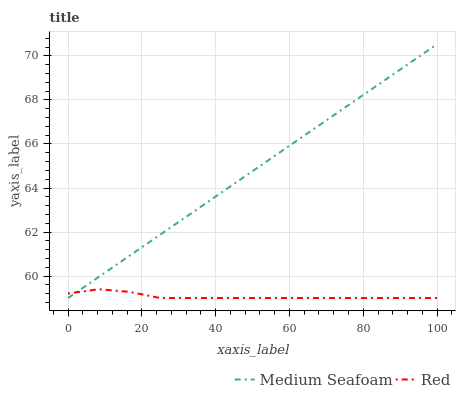
| xaxis_label | Medium Seafoam | Red |
 | --- | --- | --- |
 | 0 | 59 | 59.2 |
 | 8.33 | 60 | 59.4 |
 | 16.7 | 60.9 | 59.3 |
 | 25 | 61.9 | 59 |
 | 33.3 | 62.8 | 59 |
 | 41.7 | 63.8 | 59 |
 | 50 | 64.8 | 59 |
 | 58.3 | 65.7 | 59 |
 | 66.7 | 66.7 | 59 |
 | 75 | 67.6 | 59 |
 | 83.3 | 68.6 | 59 |
 | 91.7 | 69.6 | 59 |
 | 100 | 70.5 | 59 |